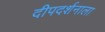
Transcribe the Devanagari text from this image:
दीपदर्शनाला